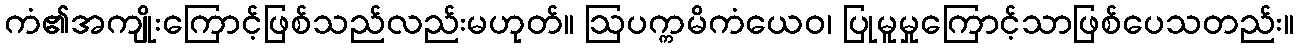
ကံ၏အကျိုးကြောင့်ဖြစ်သည်လည်းမဟုတ်။ ဩပက္ကမိကံယေဝ၊ ပြုမူမှုကြောင့်သာဖြစ်ပေသတည်း။